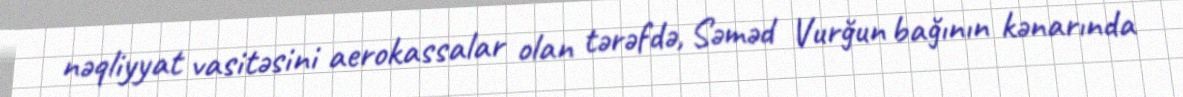
nəqliyyat vasitəsini aerokassalar olan tərəfdə, Səməd Vurğun bağının kənarında